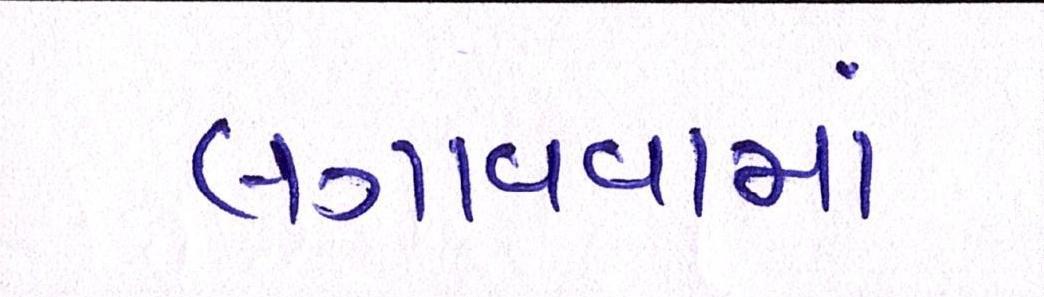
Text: લગાવવામાં